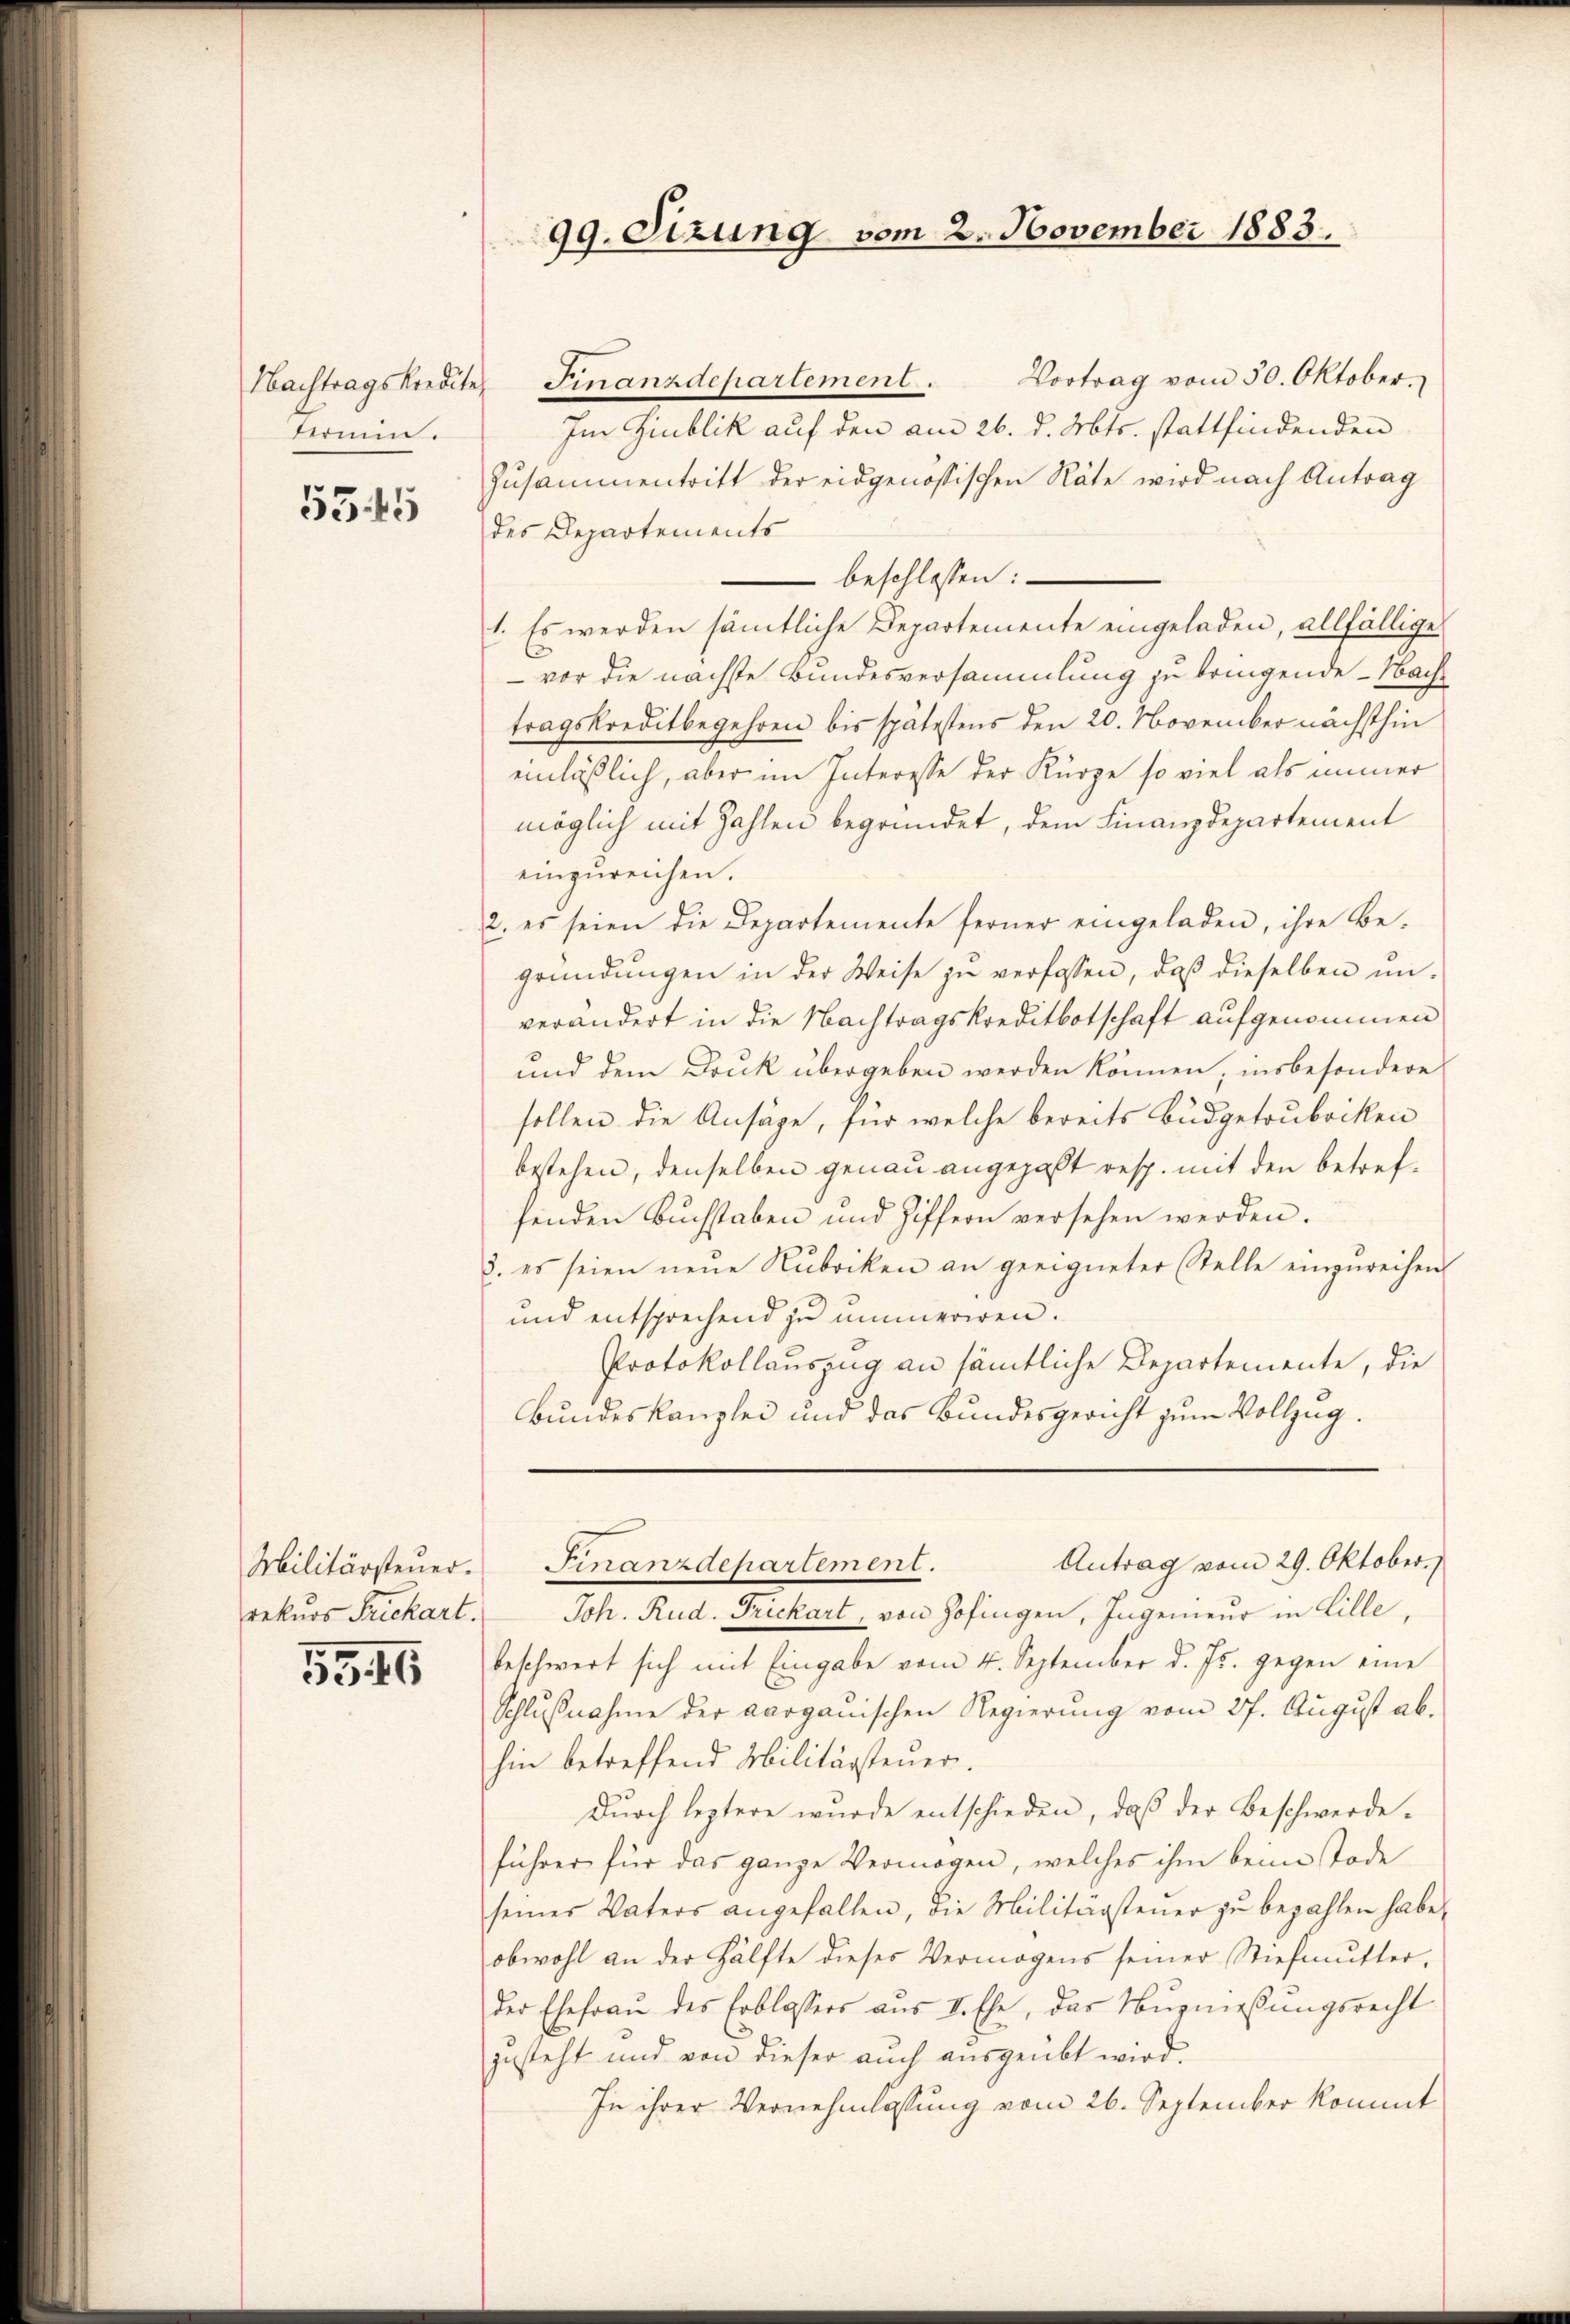
Nachtragskredite
Termin.

5545

Militärsteuer.
rekurs Frickart.

5546

Vortrag vom 30. Oktober.
Finanzdepartement.
Im Zublik auf den am 26. d. Mts. stattfindenden
Zusammentritt der eidgenössischen Räte wird nach Antrag
des Departements
 beschlossen:
1. Es werden sämtliche Departemente eingeladen, allfällige
 vor die nächste Bundesversammlung zu bringende - Nachtragskreditbegehren bis spätestens den 20. November nächsthin
einläßlich, aber im Interesse der Kürze so viel als immer
möglich mit Zahlen begründet, dem Finanzdepartement
einzureichen.
2. es seien die Departemente ferner eingeladen, ihre Begründungen in der Weise zu verfassen, daß dieselben unverändert in die Nachtragskreditbotschaft aufgenommen
und dem Druk übergeben werden können, insbesondere
sollen die Ansäge, für welche bereits Budgetrubriken
bestehen, denselben genau angepaßt resp. mit den betrefsenden Buchstaben und Ziffern versehen werden.
3. es seien neŭe Rubriken an geeigneter Stelle einzŭreichen
und entsprechend zu immeriren.
Protokollauszug an sämtliche Departemente, die
Bundeskanzlei und das Bundesgericht zum Vollzug.

Joh. Rud. Frickart, von Zofingen, Ingenieur in Cille,
beschwert sich mit Eingabe vom 4. September d. Js. gegen eine
Schlußnahme der aarganischen Regierung vom 27. August ab.
hin betreffend Militärsteuer.
Durch leztere wurde entschieden, daß der Beschwerde-
führer für das ganze Vermögen, welches ihm beim Tode
seiner Vaters angefallen, die Militärsteuer zŭ bezahlen habe,
obwohl an der Hälfte dieses Vermögens seiner Stiefmutter,
der Ehefraŭ des Erblassers aus I. Ehe, das Nŭgmessungsrecht
zusteht und von dieser auch ausgeübt wird.
In ihrer Vernehmlassung vom 26. September kommt

99. Sizung vom 2. November 1883.

Antrag vom 29. Oktober.
Finanzdepartement.